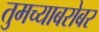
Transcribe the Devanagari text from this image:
तुमच्याबरोबर